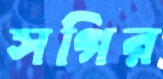
সগির